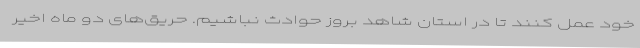
خود عمل کنند تا در استان شاهد بروز حوادث نباشیم. حریق‌های دو ماه اخیر